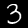
Label: 3